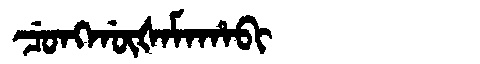
Manchu: ᠴᡠᠩᡤᡡᡧᠠᠮᠠᡥᠠᠪᡳ
Romanization: CUNGGŪŠAMAHABI